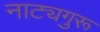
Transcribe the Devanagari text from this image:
नाट्यगुरू